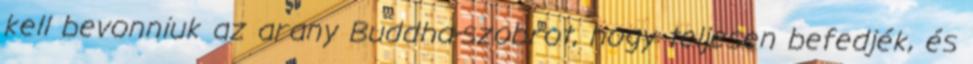
kell bevonniuk az arany Buddha-szobrot, hogy teljesen befedjék, és